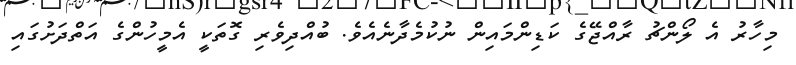
މިހާރު އެ ލޯންޗު ރާއްޖޭގެ ކަޑިންމައިން ނުކުމެދާނެއެވެ. ބުއްދިވެރި ގޮތަކީ އެމީހުންގެ އަތްދަށުގައި